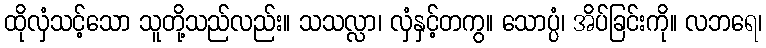
ထိုလှံသင့်သော သူတို့သည်လည်း။ သသလ္လာ၊ လှံနှင့်တကွ။ သောပ္ပံ၊ အိပ်ခြင်းကို။ လဘရေ၊